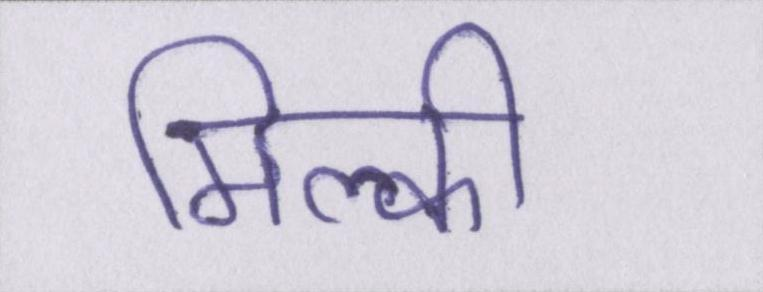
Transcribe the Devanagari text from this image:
मिल्की